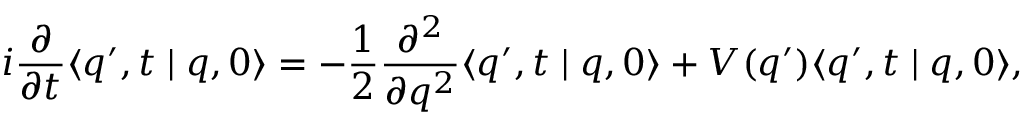
i \frac { \partial } { \partial t } \langle q ^ { \prime } , t \mid q , 0 \rangle = - \frac { 1 } { 2 } \frac { \partial ^ { 2 } } { \partial q ^ { 2 } } \langle q ^ { \prime } , t \mid q , 0 \rangle + V ( q ^ { \prime } ) \langle q ^ { \prime } , t \mid q , 0 \rangle ,